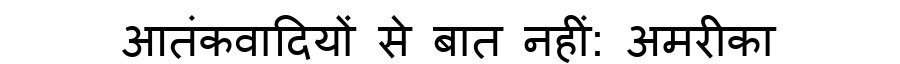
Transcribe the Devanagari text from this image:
आतंकवादियों से बात नहीं: अमरीका